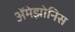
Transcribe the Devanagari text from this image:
ॲमेझोनिस